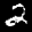
Digit: 2